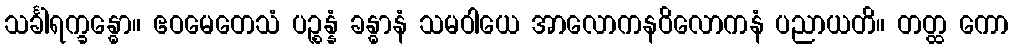
သင်္ခါရက္ခန္ဓော။ ဧဝမေတေသံ ပဉ္စန္နံ ခန္ဓာနံ သမဝါယေ အာလောကနဝိလောကနံ ပညာယတိ။ တတ္ထ ကော